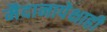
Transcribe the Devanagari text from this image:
मैदानापेक्षाही